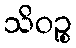
သိဝဉ္စ